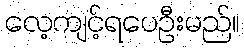
လေ့ကျင့်ရပေဦးမည်။